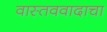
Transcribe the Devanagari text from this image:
वास्तववादाचा